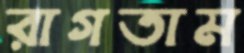
রাগতাম